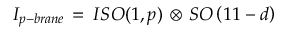
{ \cal I } _ { p - b r a n e } \, = \, I S O ( 1 , p ) \, \otimes \, S O \left( 1 1 - d \right)